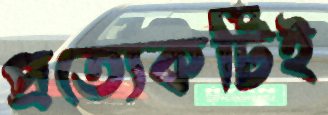
প্রত্যেকটিই